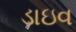
ડાઇવ